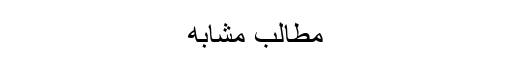
مطالب مشابه